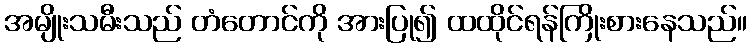
အမျိုးသမီးသည် တံတောင်ကို အားပြု၍ ထထိုင်ရန်ကြိုးစားနေသည်။